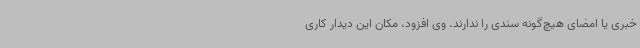
خبری یا امضای هیچ‌گونه سندی را ندارند. وی افزود، مکان این دیدار کاری